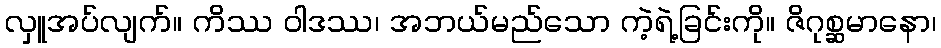
လှူအပ်လျက်။ ကိဿ ဝါဒဿ၊ အဘယ်မည်သော ကဲ့ရဲ့ခြင်းကို။ ဇိဂုစ္ဆမာနော၊